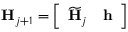
\mathbf { H } _ { j + 1 } = \left[ \begin{array} { l l } { \widetilde { \mathbf { H } } _ { j } } & { \mathbf { h } } \end{array} \right]